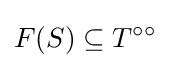
F(S)\subseteq T^{\circ \circ }